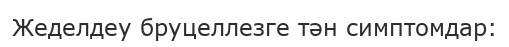
Жеделдеу бруцеллезге тән симптомдар: